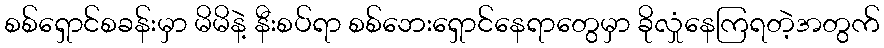
စစ်ရှောင်စခန်းမှာ မိမိနဲ့ နီးစပ်ရာ စစ်ဘေးရှောင်နေရာတွေမှာ ခိုလှုံနေကြရတဲ့အတွက်